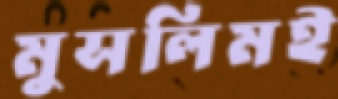
মুসলিমই